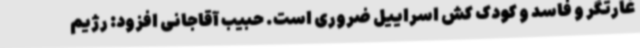
غارتگر و فاسد و کودک کش اسراییل ضروری است. حبیب آقاجانی افزود: رژیم